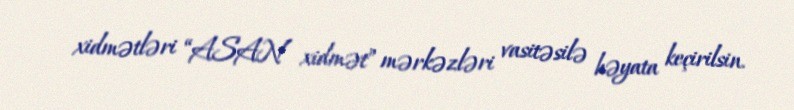
xidmətləri “ASAN xidmət” mərkəzləri vasitəsilə həyata keçirilsin.